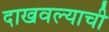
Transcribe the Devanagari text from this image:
दाखवल्याची